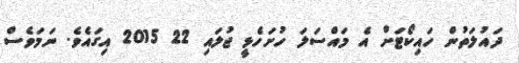
ދައުލަތުން ހައިކޯޓަށް އެ މައްސަލަ ހުށަހެޅީ ޖުލައި 22 2015 އިގައެވެ. ނަމަވެސް